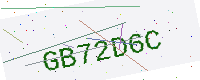
Text: GB72D6C